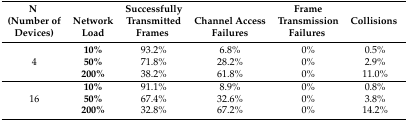
<table><thead><tr><td><b>N</b></td><td></td><td><b>Successfully</b></td><td></td><td><b>Frame</b></td><td></td></tr><tr><td><b>(Number of</b></td><td><b>Network</b></td><td><b>Transmitted</b></td><td><b>Channel Access</b></td><td><b>Transmission</b></td><td><b>Collisions</b></td></tr><tr><td><b>Devices)</b></td><td><b>Load</b></td><td><b>Frames</b></td><td><b>Failures</b></td><td><b>Failures</b></td><td></td></tr></thead><tbody><tr><td></td><td><b>10%</b></td><td>93.2%</td><td>6.8%</td><td>0%</td><td>0.5%</td></tr><tr><td>4</td><td><b>50%</b></td><td>71.8%</td><td>28.2%</td><td>0%</td><td>2.9%</td></tr><tr><td></td><td><b>200%</b></td><td>38.2%</td><td>61.8%</td><td>0%</td><td>11.0%</td></tr><tr><td></td><td><b>10%</b></td><td>91.1%</td><td>8.9%</td><td>0%</td><td>0.8%</td></tr><tr><td>16</td><td><b>50%</b></td><td>67.4%</td><td>32.6%</td><td>0%</td><td>3.8%</td></tr><tr><td></td><td><b>200%</b></td><td>32.8%</td><td>67.2%</td><td>0%</td><td>14.2%</td></tr></tbody></table>